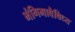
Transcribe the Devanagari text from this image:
भंगिमावैविध्य